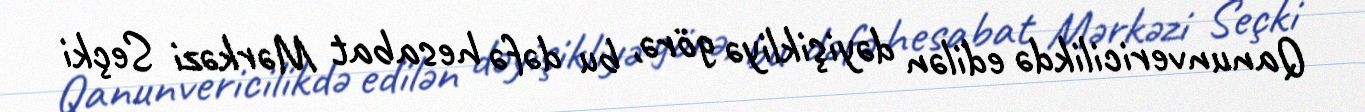
Qanunvericilikdə edilən dəyişikliyə görə, bu dəfə hesabat Mərkəzi Seçki